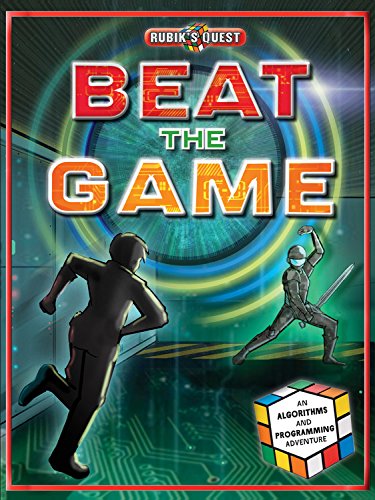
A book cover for Beat the Game (Rubik's Quest); James Kelly; Children's Books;